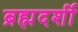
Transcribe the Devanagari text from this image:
ब्रह्मदर्शी